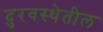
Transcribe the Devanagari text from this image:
दुरवस्थेतील